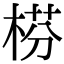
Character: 𣔄